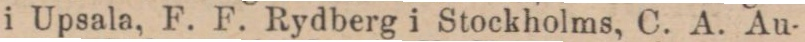
i Upsala, F. F. Rydberg i Stockholms, C. A. Au-